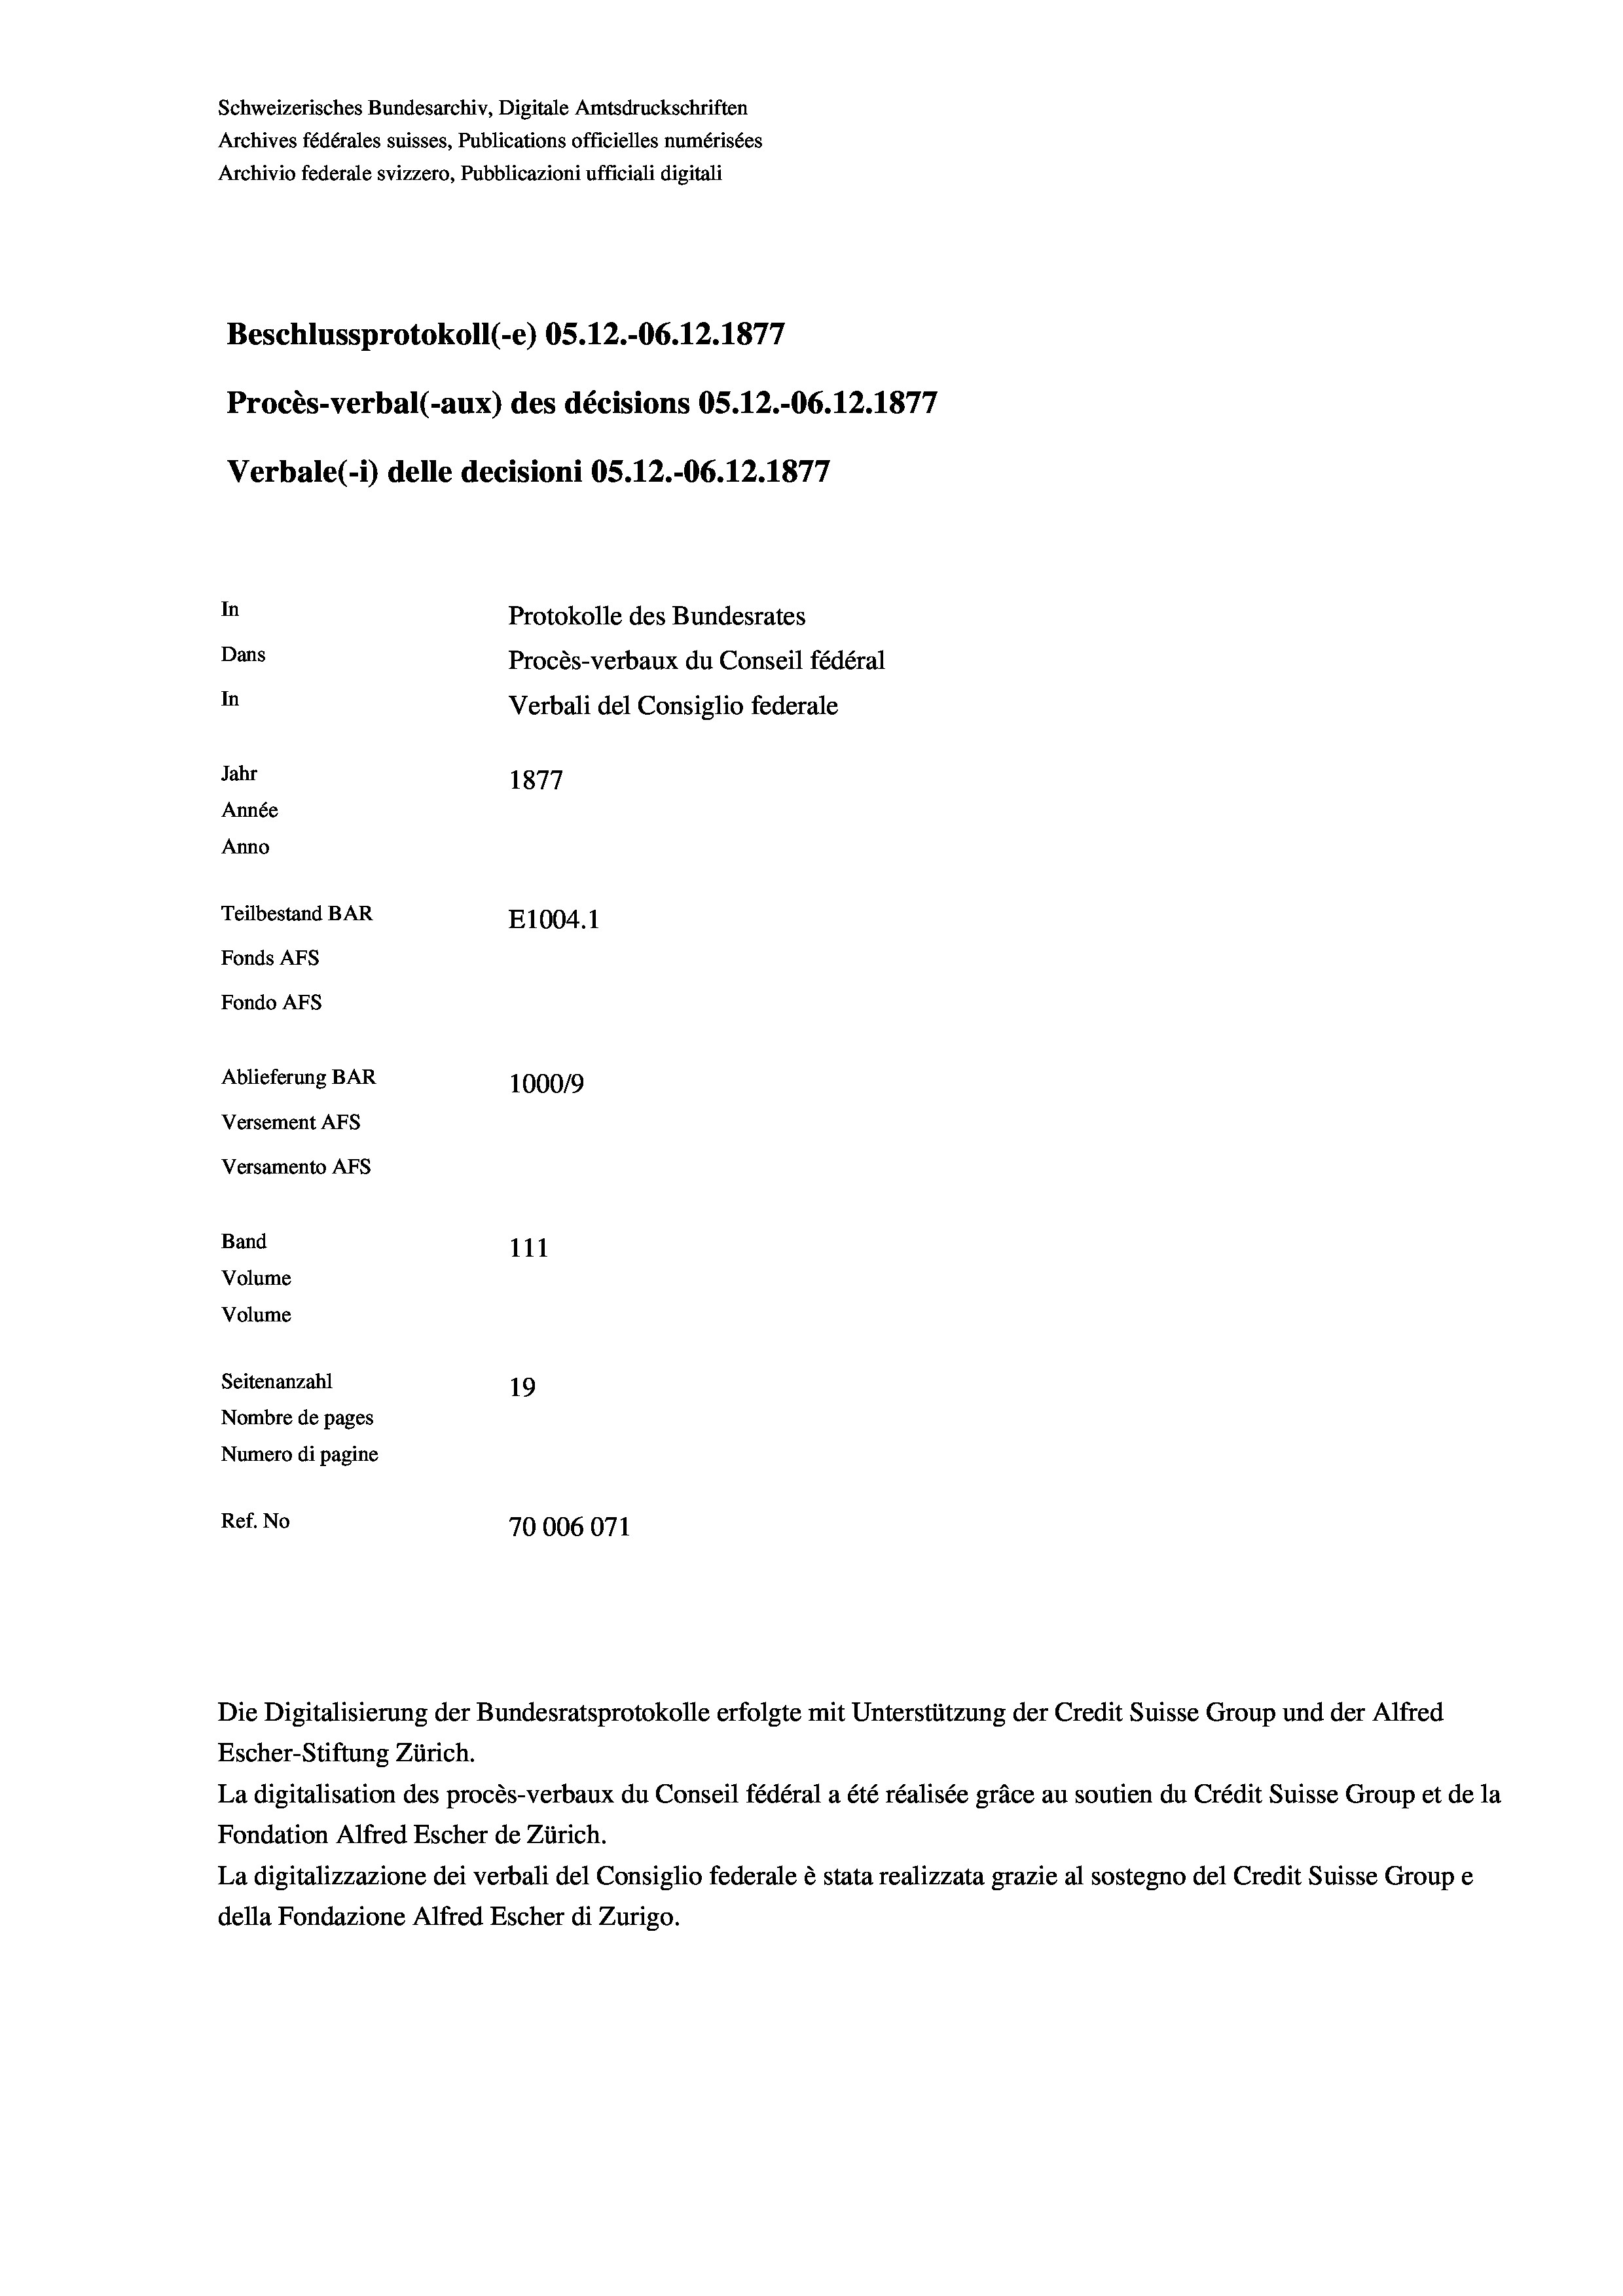
Schweizerisches Bundesarchiv, Digitale Amtsdruckschriften
Archives fédérales suisses, Publications officielles numérisées
Archivio federale svizzero, Pubblicazioni ufficiali digitali
7
Beschlussprotokoll (-e) OS.12.-06. 12. 1877
Procès-verbal (-aux) des décisions OS.12.-06.12.1877
Verbale (- 1) delle decisioni OS.12.-06.12.1877
In
Protokolle des Bundesrates
Dans
Procès-verbaux du Conseil fédéral
In
Verbali del Consiglio federale
Jahr
1877
Année
Anno
Teilbestand BAR
E1004.1
Fonds AFs
Fondo AFS
Ablieferung BAR
100019
Versement AFs
Versamento Afs
Band
111
Volume
Volume
Seitenanzahl
19
Nombre de pages
Numero di pagine
Ref. No
70006071

Escher-Stiftung Zürich.
La digitalisation des procès-verbaux du Conseil fédéral a été réalisée gräce au soutien du Crédit Suisse Group et de la
Fondation Alfred Escher de Zürich.
La digitalizzazione dei verbali del Consiglio federale è stata realizzata grazie al sostegno del Credit Suisse Groupe
della Fondazione Alfred Escher di Zurigo.

Die Digitalisierung der Bundesratsprotokolle erfolgte mit Unterstützung der Credit Suisse Group und der Alfred